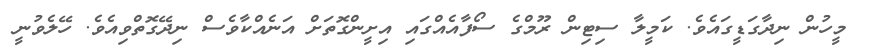
މީހުން ނިދާގަޑީގައެވެ. ކަމީލާ ސިޓިން ރޫމްގެ ސޯފާއެއްގައި އިށީންގޮތަށް އަނެއްކާވެސް ނިދޭގޮތްވިއެވެ. ހޭލެވުނީ